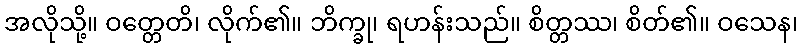
အလိုသို့။ ဝတ္တေတိ၊ လိုက်၏။ ဘိက္ခု၊ ရဟန်းသည်။ စိတ္တဿ၊ စိတ်၏။ ဝသေန၊